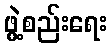
ဖွဲ့စည်းရေး